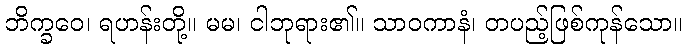
ဘိက္ခဝေ၊ ရဟန်းတို့။ မမ၊ ငါဘုရား၏။ သာဝကာနံ၊ တပည့်ဖြစ်ကုန်သော။